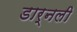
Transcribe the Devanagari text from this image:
डार्नली